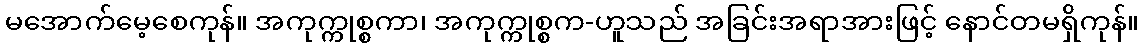
မအောက်မေ့စေကုန်။ အကုက္ကုစ္စကာ၊ အကုက္ကုစ္စက-ဟူသည် အခြင်းအရာအားဖြင့် နောင်တမရှိကုန်။